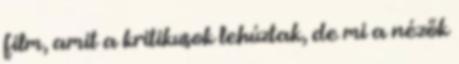
film, amit a kritikusok lehúztak, de mi a nézők